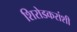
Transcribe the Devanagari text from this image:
शिरोडकरांशी